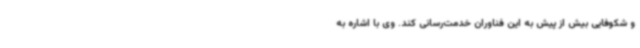
و شکوفایی بیش از پیش به این فناوران خدمت‌رسانی کند. وی با اشاره به